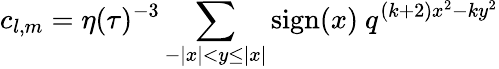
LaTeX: c_{l,m}=\eta(\tau)^{-3}\sum_{-|x|<y\leq|x|}\mathrm{sign}(x)~q^{(k+2)x^{2}-ky^{2}}